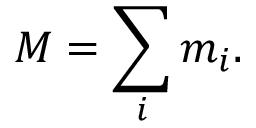
M = \sum _ { i } m _ { i } .